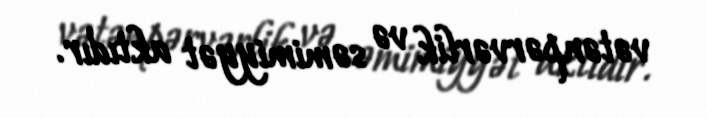
vətənpərvərlik və səmimiyyət aktıdır.